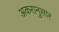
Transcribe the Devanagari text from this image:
अकरानुसार